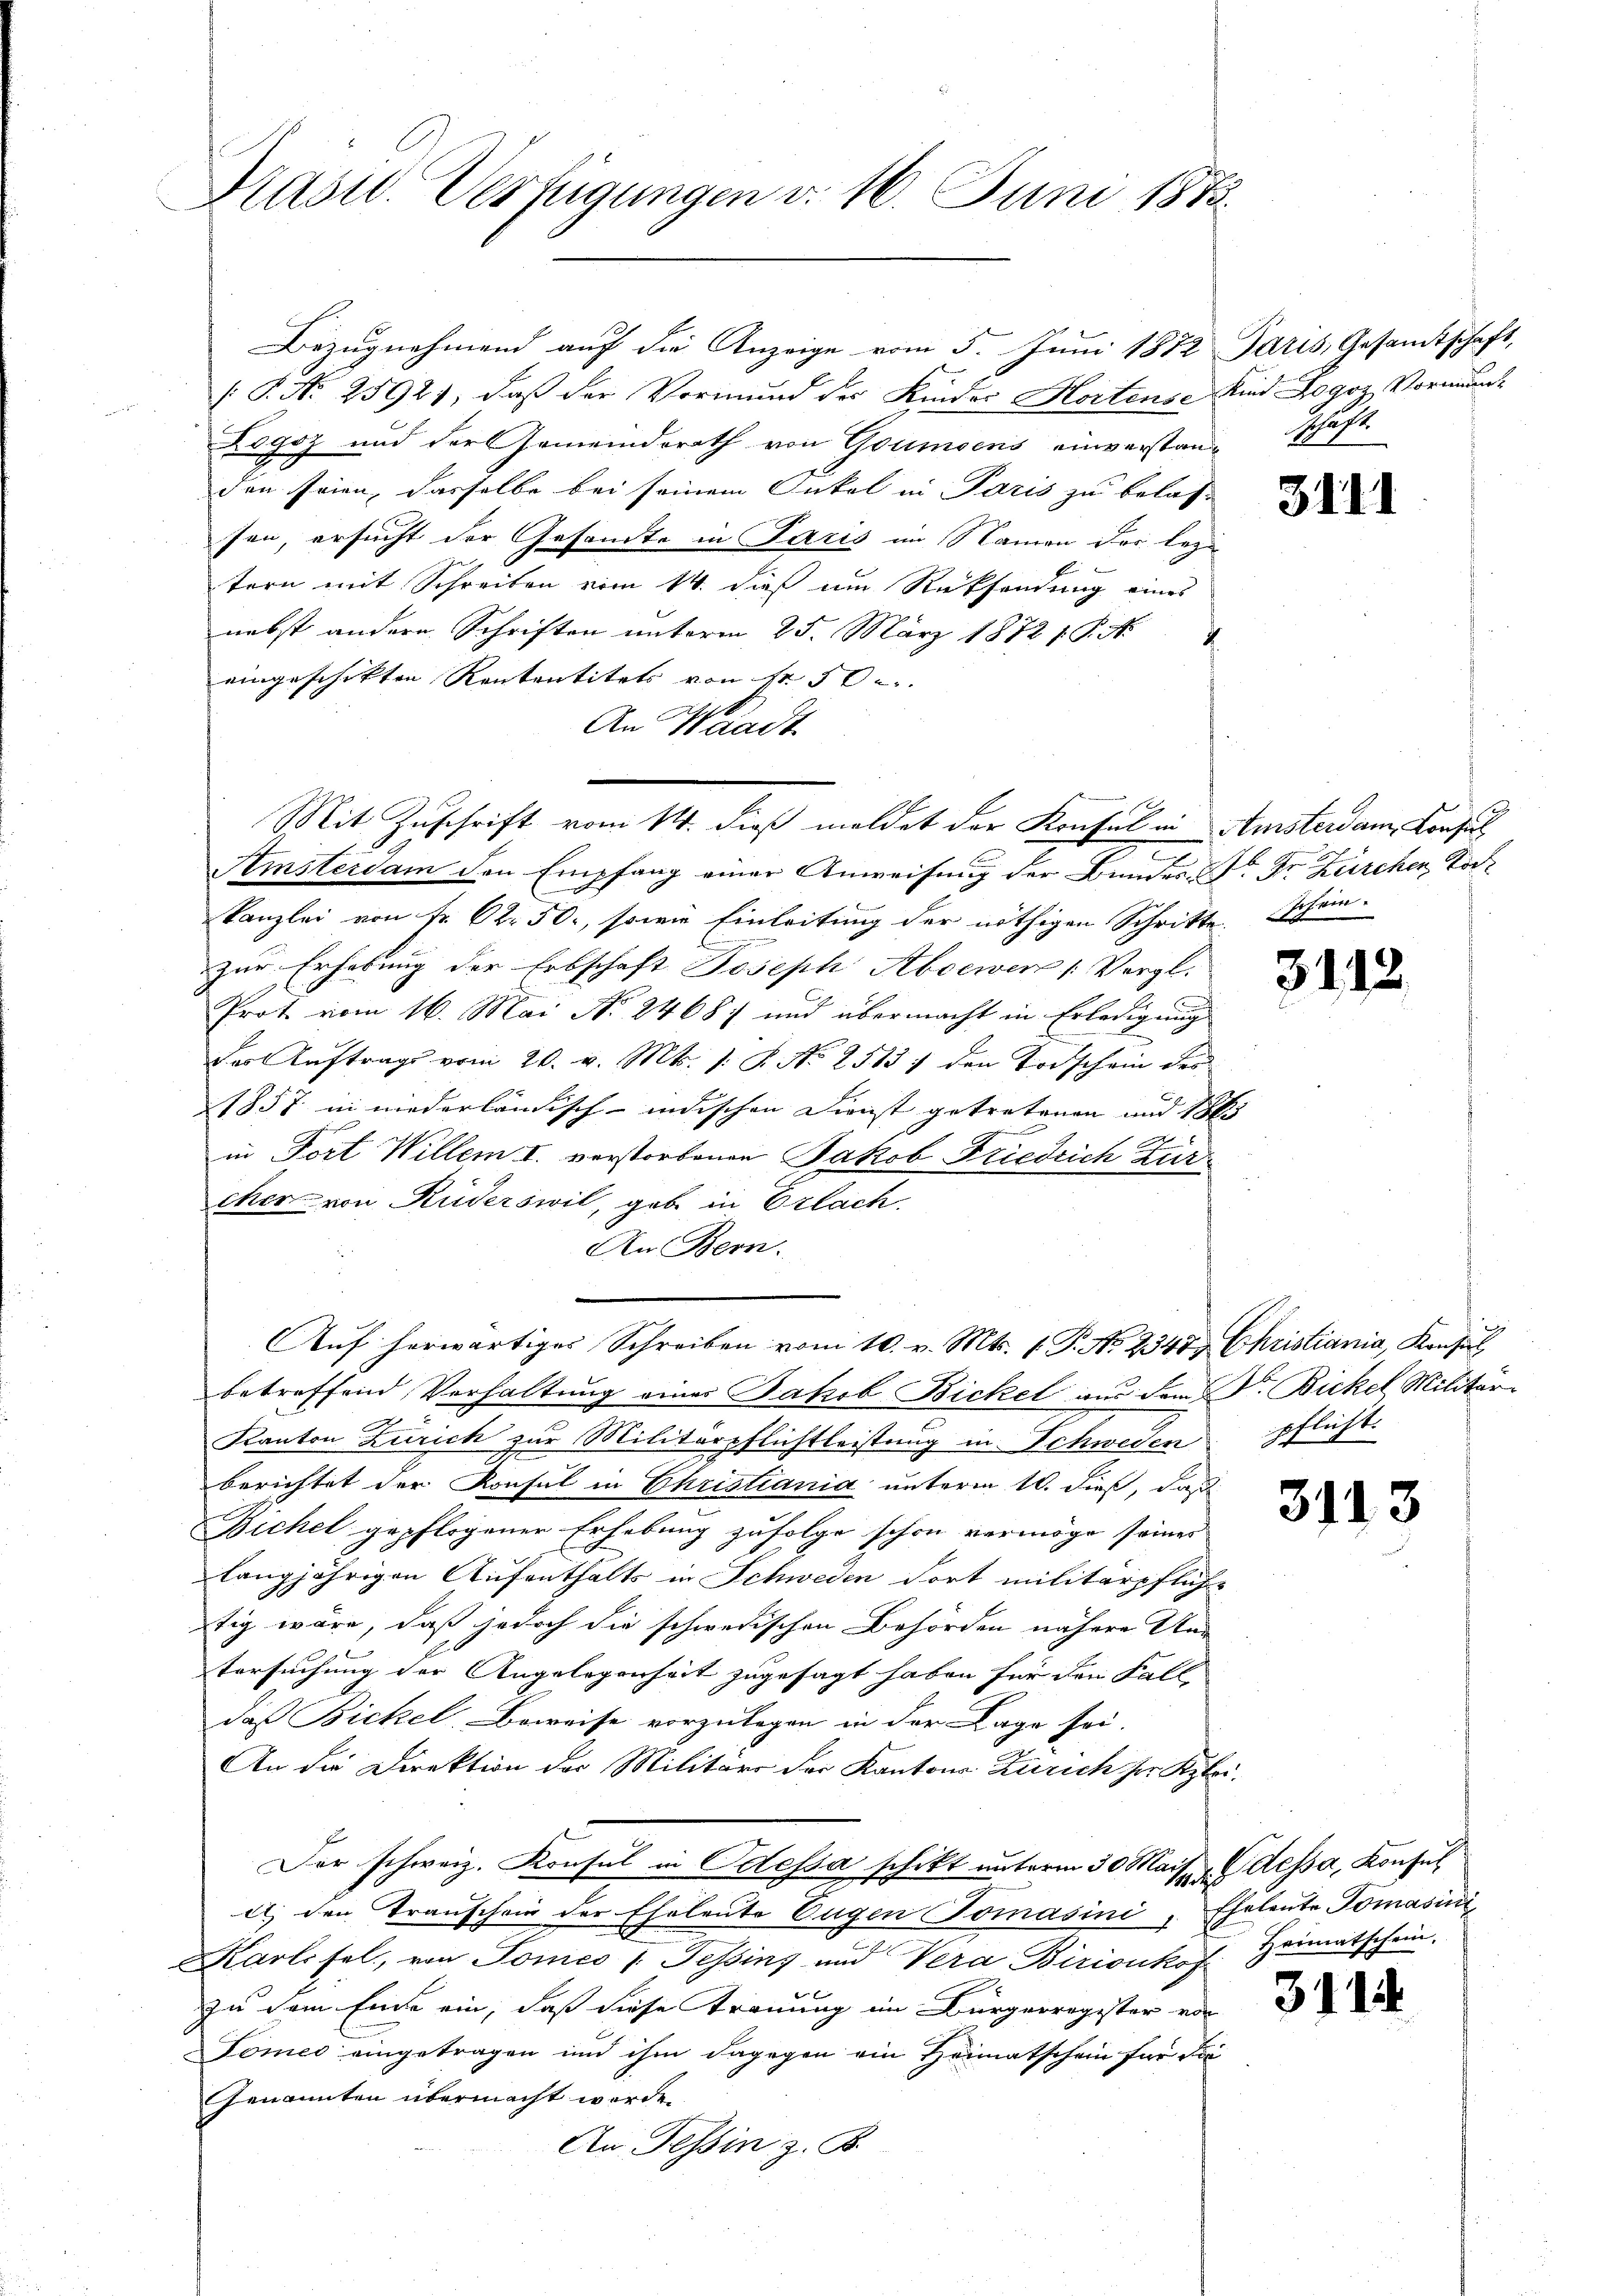
Präsid. Verfügungen d. 16. Juni 1875.

Bezŭgnehmend aŭf die Anzeige vom 5. Jŭni 1872 Paris, Gesamtschaft,
[: P. Nr. 25921, daß der Vormund des Kindes Hortense Kind Logoz Vormund-
Logsz und der Gemeindsrath von Goumsens einverstandschaft
den seien, dasselbe bei seinem Onkel in Paris zu belas-
fen, ersucht der Gesandte in Paris im Namen der leztern mit Schreiben vom 14. dieß um Rücksendung eines
nebst andere Schriften unterm 25. März 1872 1. P. Nr.
eingeschikten Rententitels von Nr. 50
1
An Waadt

Mit Zuschrift vom 14. dieß meldet der Konsul in Amsterdam Konsul
.
Amsterdam den Empfang einer Anweisung der Bundes Dr. Dr. Zürchen Vor¬

kanzlei von Fr. 62. 50, sowie Einleitung der nöthigen Schritte. Schein-
zur Erhebung der Erbschaft Joseph Absewen [Vergl.
Prot. vom 16. Mai No 2468 und übermacht in Erledigŭng
Das Aŭftrag vom 20. v. Mts. 1. P. No 2513) den Todschein des
1857 in niederländisch-indischen Dienst getretenen und 1815
in Fort Willem I. verstorbenen Jakob Friedrich Zür
cher von Ruderswil, gab in Erlach.
An Bern.
Auf herwärtiges Schreiben vom 10. v. Mts. 1. P. No 2345. Christiania, Konsil
betreffend Verhaltung eines Jakob Bickel aus dem Dr. Bickel Militär¬
Kanton Zürich zur Militärpflichtleistung in Schweden pflicht.
berichtet der Konsul in Christiania unterm 10. dieß, daß
Bichel gepflogener Erhebung zufolge schon vermöge seiner
langjährigen Aufenthalts in Schweden Fort militärpfliche
tig wäre, daß jedoch die schwedischen Behörden nähere Un-
tersuchung der Angelegenheit zugesagt haben für den Fall
daß Bickel, Beweise vorzulegen in der Lage sei.
An die Direktion der Militäre der Kantons Zürich ser Klei¬
Der schweiz. Konsul in Odessa schikt unterm 30 Mais dessa, Konsul
et, den Transchein der Eheleute Eugen Tomasini, Eheleute Tomasini
Karlisel, von Tones (Tessins und Vera Birionkof Heimatschein.
zu dem Ende ein, daß diese Trauung im Bürgerregister von
Tomeo eingetragen und ihm dagegen ein Heimatschein für die
Genannten übermacht werden.
An. Tessin z. B.

3111

3112.

2

3113

311